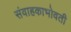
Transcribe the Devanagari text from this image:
संवाहकाभोवती